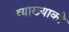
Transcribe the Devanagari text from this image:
व्याख्याको